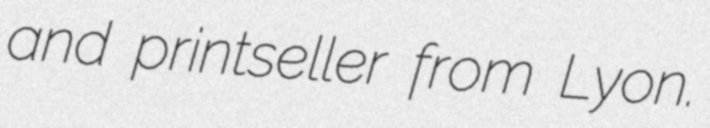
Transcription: and printseller from Lyon.